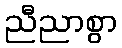
ညီညာစွာ